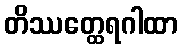
တိဿတ္ထေရဂါထာ